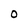
Character: O